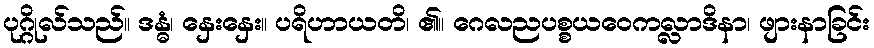
ပုဂ္ဂိုလ်သည်။ ဒန္ဓံ၊ နှေးနှေး။ ပရိဟာယတိ၊ ၏။ ဂေလညပစ္စယဝေကလ္လာဒိနာ၊ ဖျားနာခြင်း